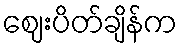
ဈေးပိတ်ချိန်က